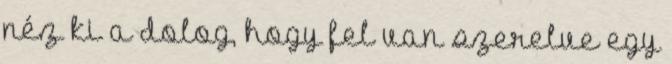
néz ki a dolog, hogy fel van szerelve egy